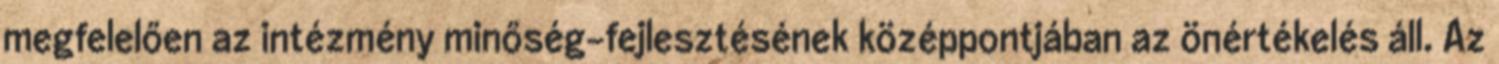
megfelelően az intézmény minőség-fejlesztésének középpontjában az önértékelés áll. Az